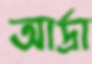
আর্দ্রা